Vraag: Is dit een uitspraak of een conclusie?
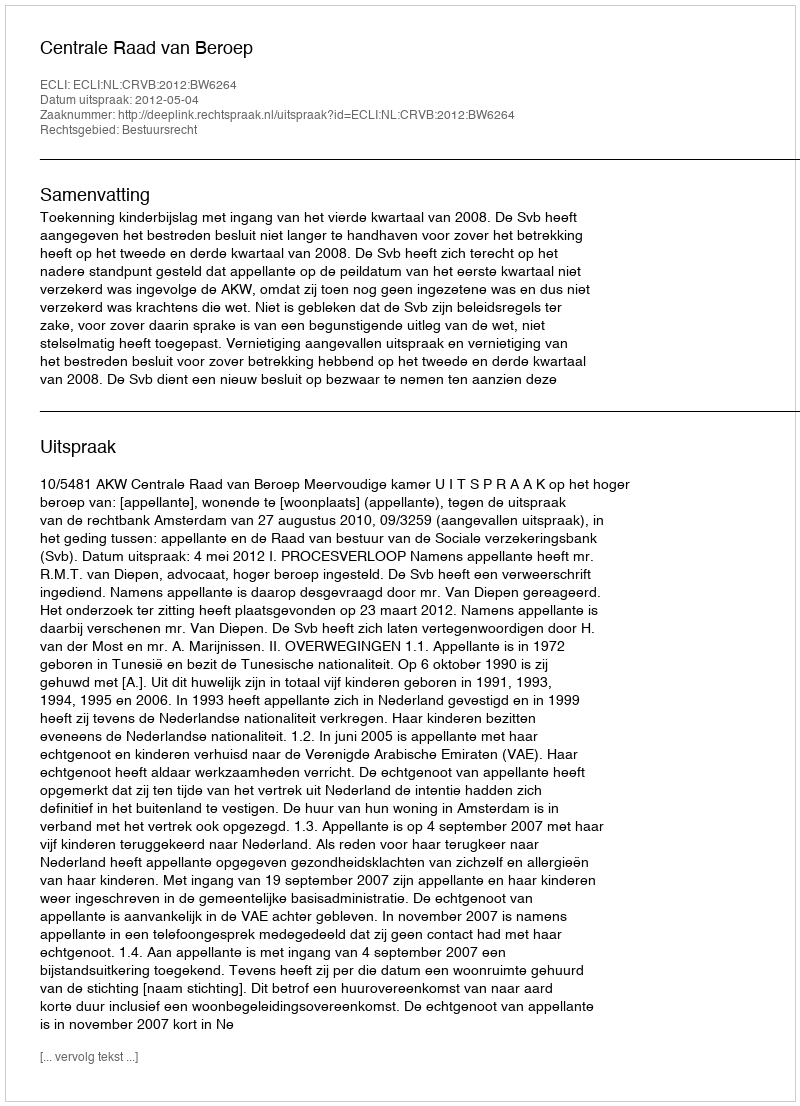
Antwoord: Uitspraak